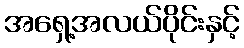
အရှေ့အလယ်ပိုင်းနှင့်